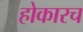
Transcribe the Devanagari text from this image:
होकारच